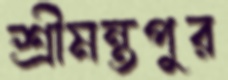
শ্রীমন্তপুর